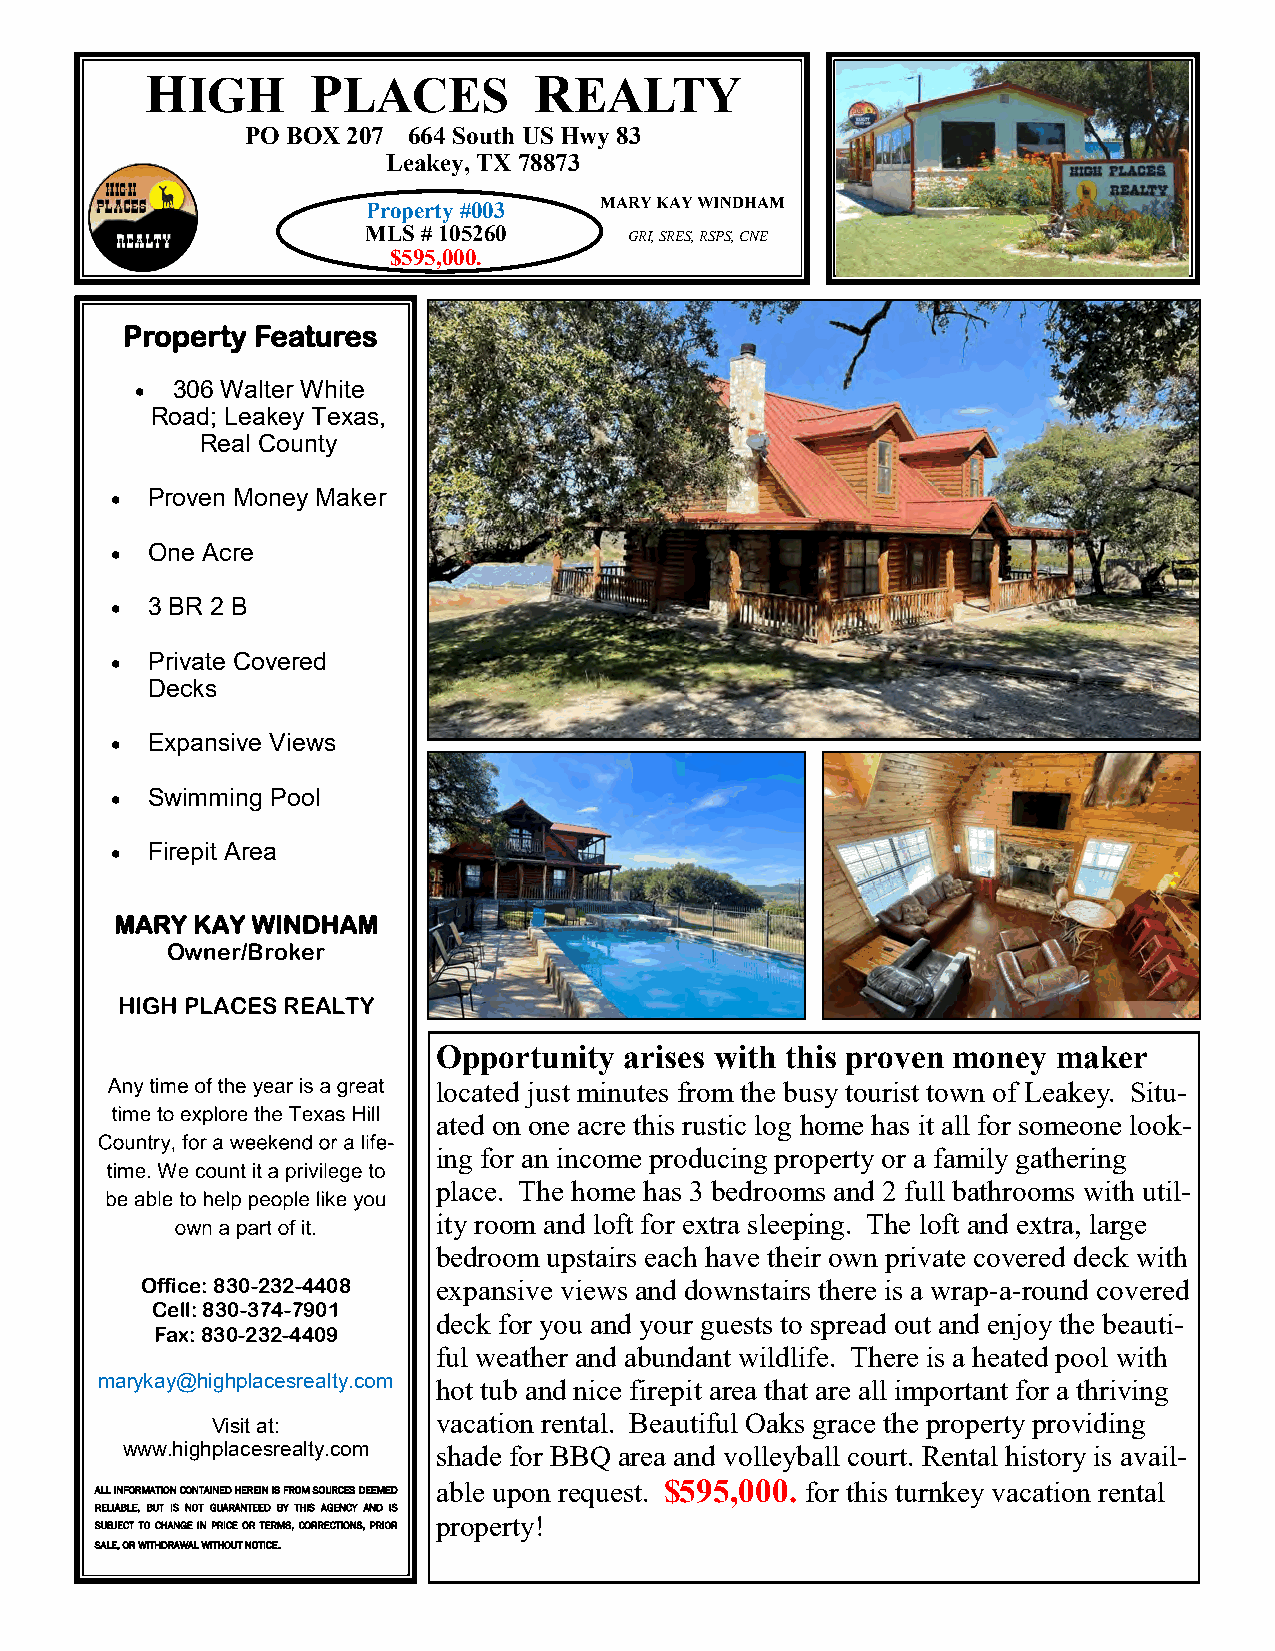
HIGH       PLACES        REALTY
 PO BOX 207 664 South US Hwy 83
 Leakey, TX 78873
 Property #003   MARY KAY WINDHAM
 MLS # 105260      GRI, SRES, RSPS, CNE
 $595,000.
 Property Features
 • 306 Walter White
 Road; Leakey Texas,
 Real County
 •  Proven Money Maker
 •  One Acre
 •  3 BR 2 B
 •  Private Covered
 Decks
 •  Expansive Views
 •  Swimming Pool
 •  Firepit Area
 MARY KAY WINDHAM
 Owner/Broker
 HIGH PLACES REALTY
 Opportunity arises with this proven money maker
 located just minutes from the busy tourist town of Leakey. Situ-
 ated on one acre this rustic log home has it all for someone look-
 ing for an income producing property or a family gathering
 place. The home has 3 bedrooms and 2 full bathrooms with util-
 ity room and loft for extra sleeping. The loft and extra, large
 bedroom upstairs each have their own private covered deck with
 Office: 830-232-4408 expansive views and downstairs there is a wrap-a-round covered
 Cell: 830-374-7901
 deck for you and your guests to spread out and enjoy the beauti-
 Fax: 830-232-4409
 ful weather and abundant wildlife. There is a heated pool with
 marykay@highplacesrealty.com hot tub and nice firepit area that are all important for a thriving
 vacation rental. Beautiful Oaks grace the property providing
 Visit at:
 www.highplacesrealty.com shade for BBQ area and volleyball court. Rental history is avail-
 able upon request. $595,000. for this turnkey vacation rental
 ALL INFORMATION CONTAINED HEREIN IS FROM SOURCES DEEMED
 RELIABLE, BUT IS NOT GUARANTEED BY THIS AGENCY AND IS
 property!
 SUBJECT TO CHANGE IN PRICE OR TERMS, CORRECTIONS, PRIOR
 SALE, OR WITHDRAWAL WITHOUT NOTICE.